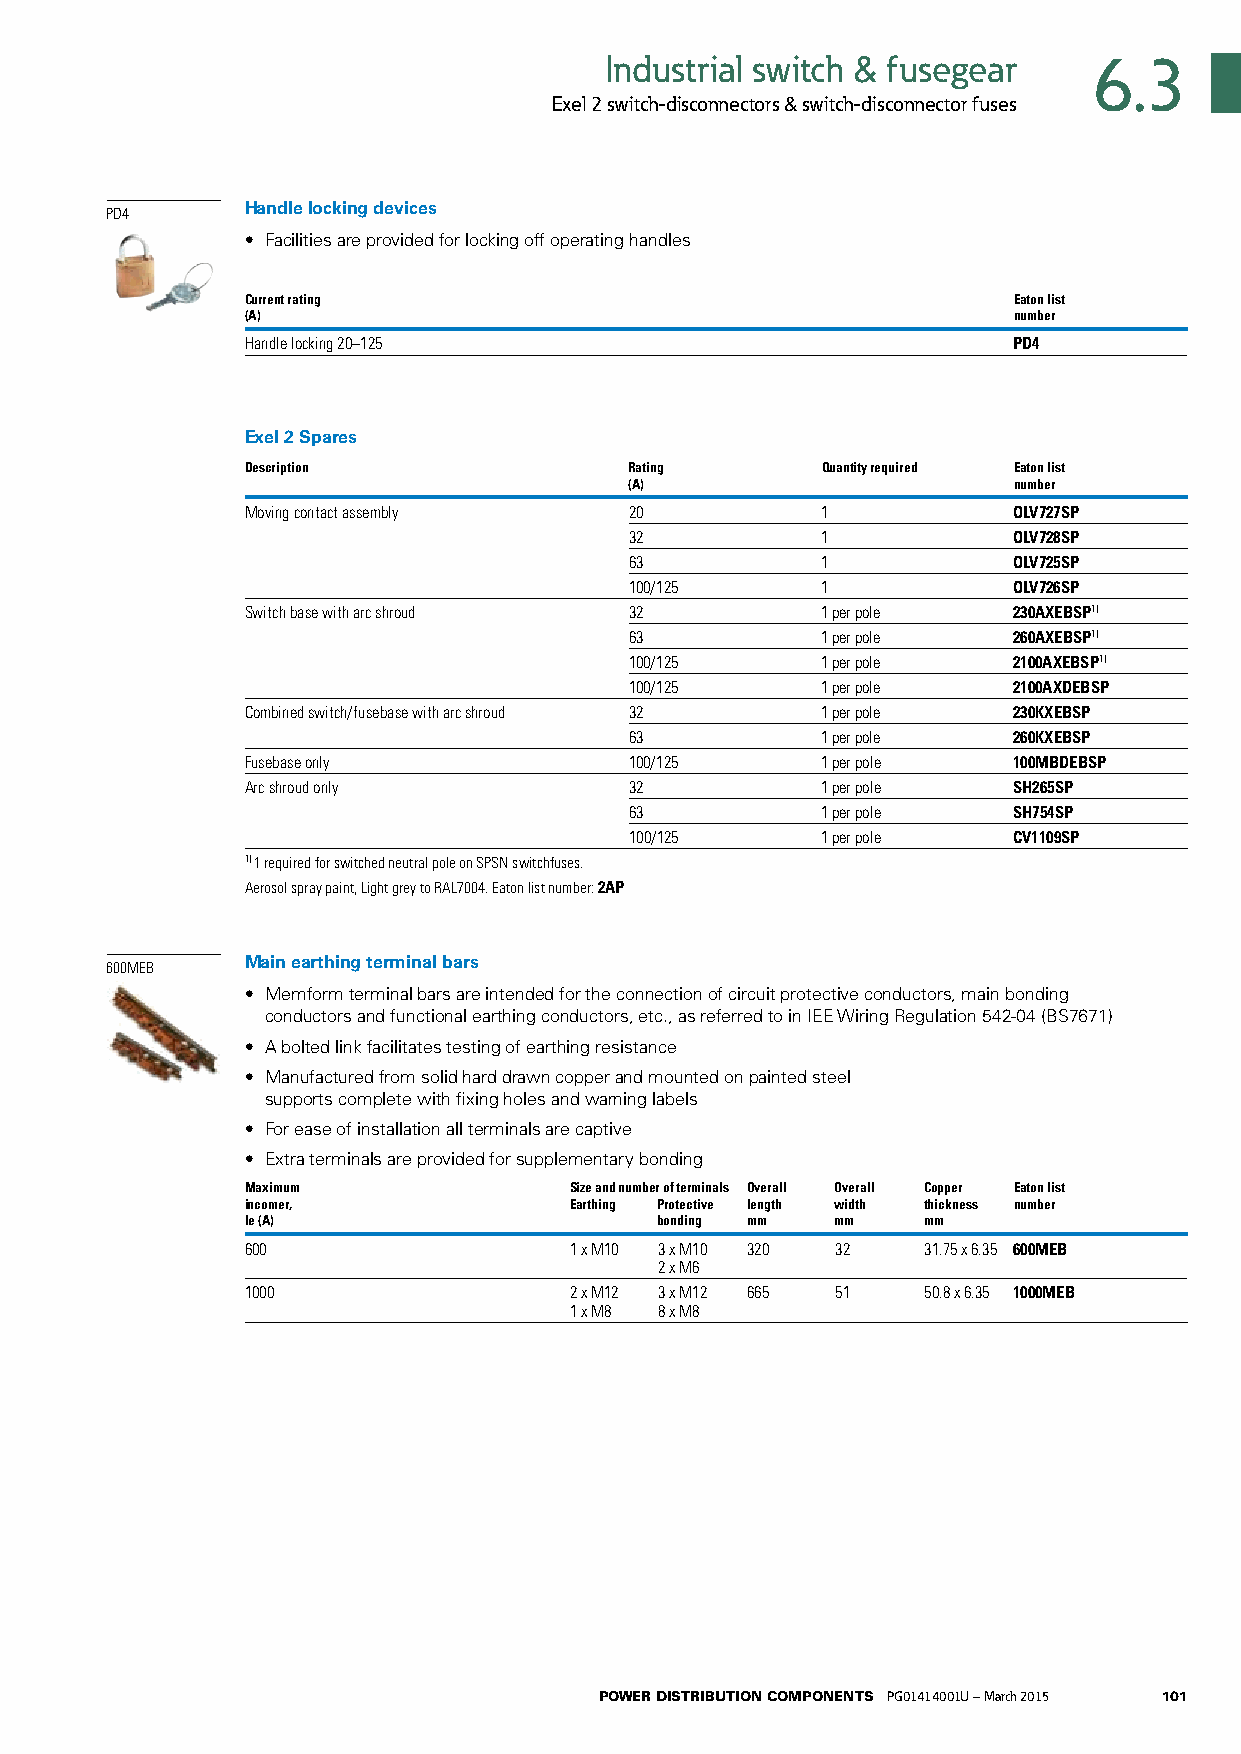
Industrial switch & fusegear    6.3
 Exel 2 switch-disconnectors & switch-disconnector fuses
 Handle locking devices
 PD4
 • Facilities are provided for locking off operating handles
 Current rating                                     Eaton list
 (A)                                                number
 Handle locking 20–125                              PD4
 Exel 2 Spares
 Description               Rating      Quantity required Eaton list
 (A)                      number
 Moving contact assembly   20          1            OLV727SP
 32          1            OLV728SP
 63          1            OLV725SP
 100/125     1            OLV726SP
 Switch base with arc shroud 32        1 per pole   230AXEBSP1)
 63          1 per pole   260AXEBSP1)
 100/125     1 per pole   2100AXEBSP1)
 100/125     1 per pole   2100AXDEBSP
 Combined switch/fusebase with arc shroud 32 1 per pole 230KXEBSP
 63          1 per pole   260KXEBSP
 Fusebase only             100/125     1 per pole   100MBDEBSP
 Arc shroud only           32          1 per pole   SH265SP
 63          1 per pole   SH754SP
 100/125     1 per pole   CV1109SP
 1) 1 required for switched neutral pole on SPSN switchfuses.
 Aerosol spray paint, Light grey to RAL7004. Eaton list number: 2AP
 Main earthing terminal bars
 600MEB
 • Memform terminal bars are intended for the connection of circuit protective conductors, main bonding
 conductors and functional earthing conductors, etc., as referred to in IEE Wiring Regulation 542-04 (BS7671)
 • A bolted link facilitates testing of earthing resistance
 • Manufactured from solid hard drawn copper and mounted on painted steel
 supports complete with fixing holes and warning labels
 • For ease of installation all terminals are captive
 • Extra terminals are provided for supplementary bonding
 Maximum               Size and number of terminals Overall Overall Copper Eaton list
 incomer,              Earthing Protective length width thickness number
 Ie (A)                     bonding mm  mm    mm
 600                   1 x M10 3 x M10 320 32 31.75 x 6.35 600MEB
 2 x M6
 1000                  2 x M12 3 x M12 665 51 50.8 x 6.35 1000MEB
 1 x M8 8 x M8
 POWER DISTRIBUTION COMPONENTS PG01414001U – March 2015 101